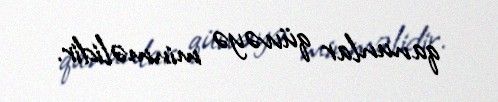
qanunlar qüvvəyə minməlidir.